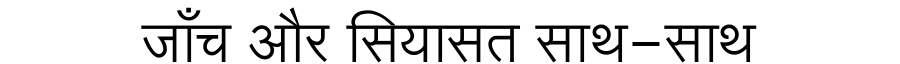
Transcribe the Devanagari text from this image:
जाँच और सियासत साथ-साथ